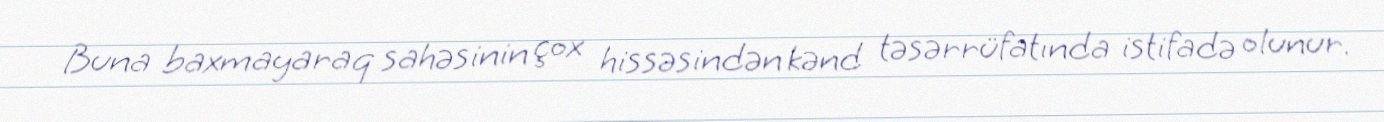
Buna baxmayaraq sahəsinin çox hissəsindən kənd təsərrüfatında istifadə olunur.